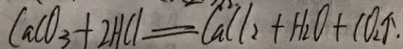
C a C O _ { 3 } + 2 H C l = C a C l _ { 2 } + H _ { 2 } O + C O _ { 2 } \uparrow .